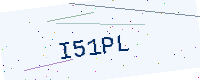
Text: I51PL